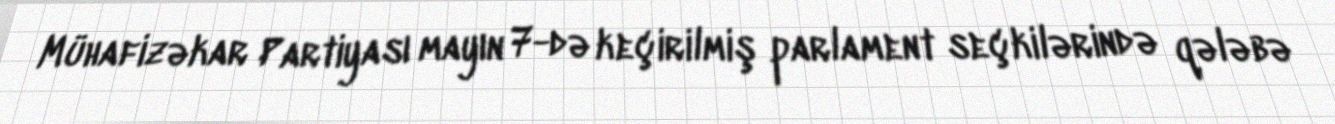
Mühafizəkar Partiyası mayın 7-də keçirilmiş parlament seçkilərində qələbə